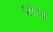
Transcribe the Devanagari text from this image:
टिपल्या